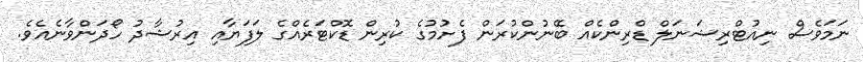
ނަމަވެސް ނިއުޓްރިޝަނަލް ޑްރިންކެއް ބޭނުންކުރަން ފެށުމުގެ ކުރިން ޑޮކްޓަރެއްގެ ލަފަޔާއި އިރުޝާދު ހޯދަންވާނެއެވެ.